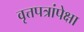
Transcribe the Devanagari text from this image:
वृत्तपत्रांपेक्षा